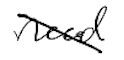
Text: need
Cross-out: diagonal
Writing tool: digital_black